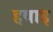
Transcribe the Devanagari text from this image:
हवाइ